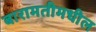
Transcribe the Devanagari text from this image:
बारामतीमधील